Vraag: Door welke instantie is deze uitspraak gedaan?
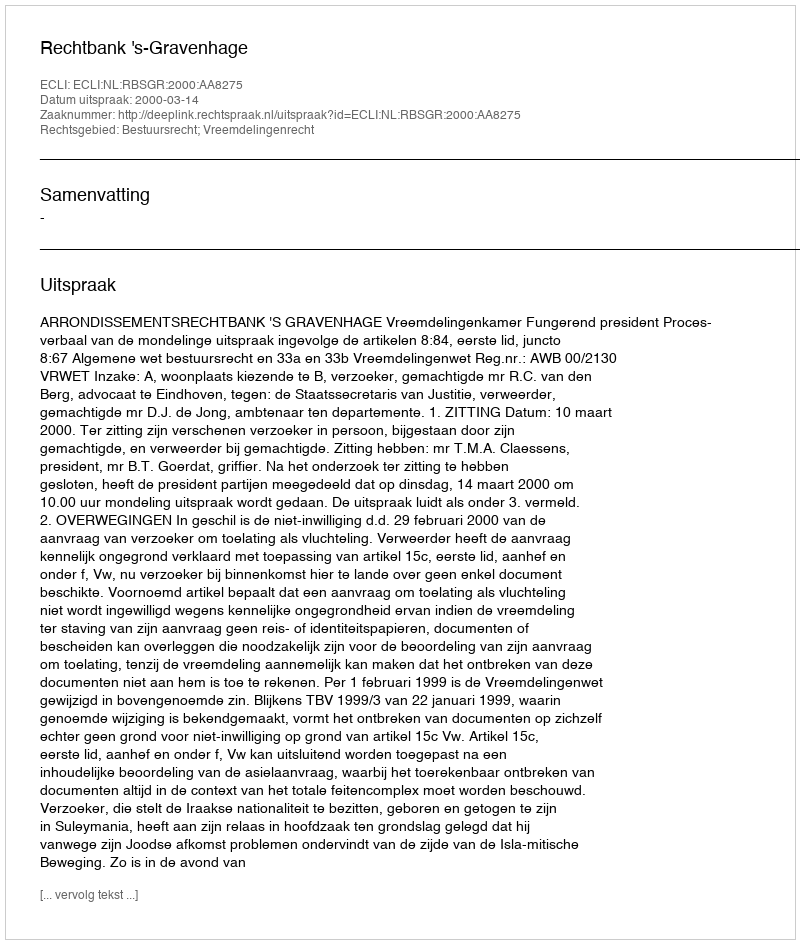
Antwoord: Rechtbank 's-Gravenhage